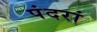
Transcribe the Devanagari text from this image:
पंदरां